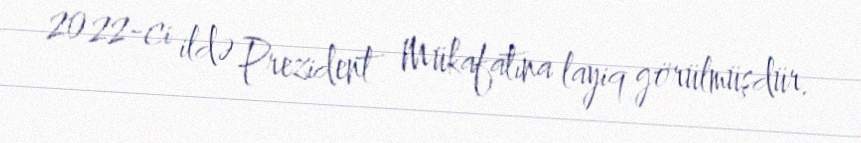
2022-ci ildə Prezident Mükafatına layiq görülmüşdür.